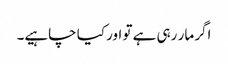
اگر مار رہی ہے تو اور کیا چاہیے۔